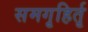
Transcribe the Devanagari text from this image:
समगृहिर्तृ